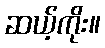
ဆယ့်ကိုး။